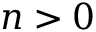
n > 0